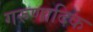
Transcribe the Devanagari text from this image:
गरुणादिक